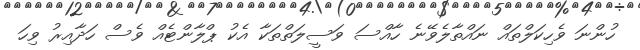
ހުންނަ ވެހިކަލްތައް ނައްތާލެވޭނެ ހާއްސަ ވަސީލަތްތަކާ އެކު ޕްލާންޓެއް ވެސް ހަދާއިރު ވިހަ